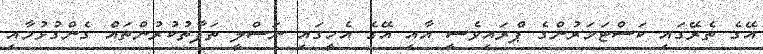
އޭގެ ތެރޭގައި ކަސްޓަމަރުންގެ ޕްރައިވެސީ އާއި އޭގެ އެހީގައި ނަސްލީ ތަފާތުކުރުންތައް ގެންގުޅުމާއި